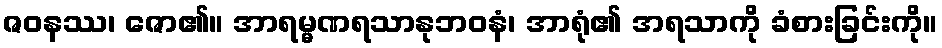
ဇဝနဿ၊ ဇော၏။ အာရမ္မဏရသာနုဘဝနံ၊ အာရုံ၏ အရသာကို ခံစားခြင်းကို။